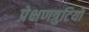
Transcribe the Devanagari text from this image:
प्रेक्षणत्रुटियों